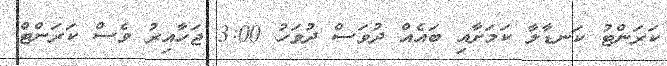
ކަރަންޓު ކަނޑާލާ ކަމަށާއި ބައެއް ދުވަސް ދުވަހު 3:00 ޖަހާއިރު ވެސް ކަރަންޓް